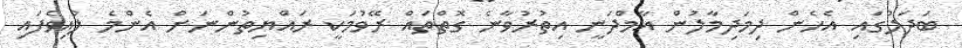
ބަދަލުގައި އެހެން ދިމަދިމާލުން އާމްދަނީ އިތުރުވާނެ ގޮތްތައް ރޭވުމަކީ ރައްޔިތުންނަށް އެންމެ ލުއިވެފައި